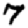
Digit: 7